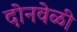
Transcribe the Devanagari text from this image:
दोनवेळी